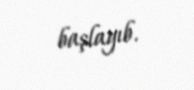
başlayıb.